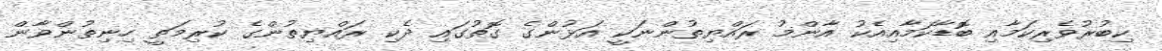
ކިބުރުވެރިކަމާއި ބޮޑާކަމާއިއެކު އާންމު ރައްޔިތުންނަކީ އަޅުންގެ ގޮތުގައި ދެކި ރައްޔިތުންގެ ކުރިމަތީ ހިނިތުންވާން